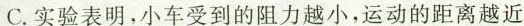
C.实验表明，小车受到的阻力越小，运动的距离越近